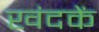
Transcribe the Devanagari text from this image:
खंदकें